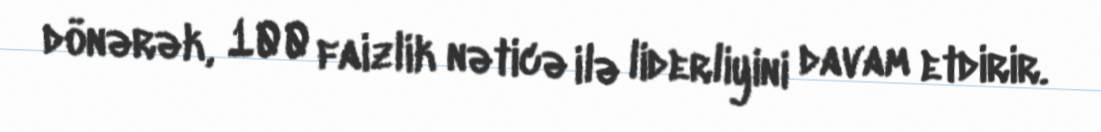
dönərək, 100 faizlik nəticə ilə liderliyini davam etdirir.